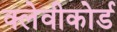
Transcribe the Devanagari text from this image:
क्लेवीकोर्ड